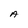
Character: A